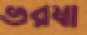
ভরষা